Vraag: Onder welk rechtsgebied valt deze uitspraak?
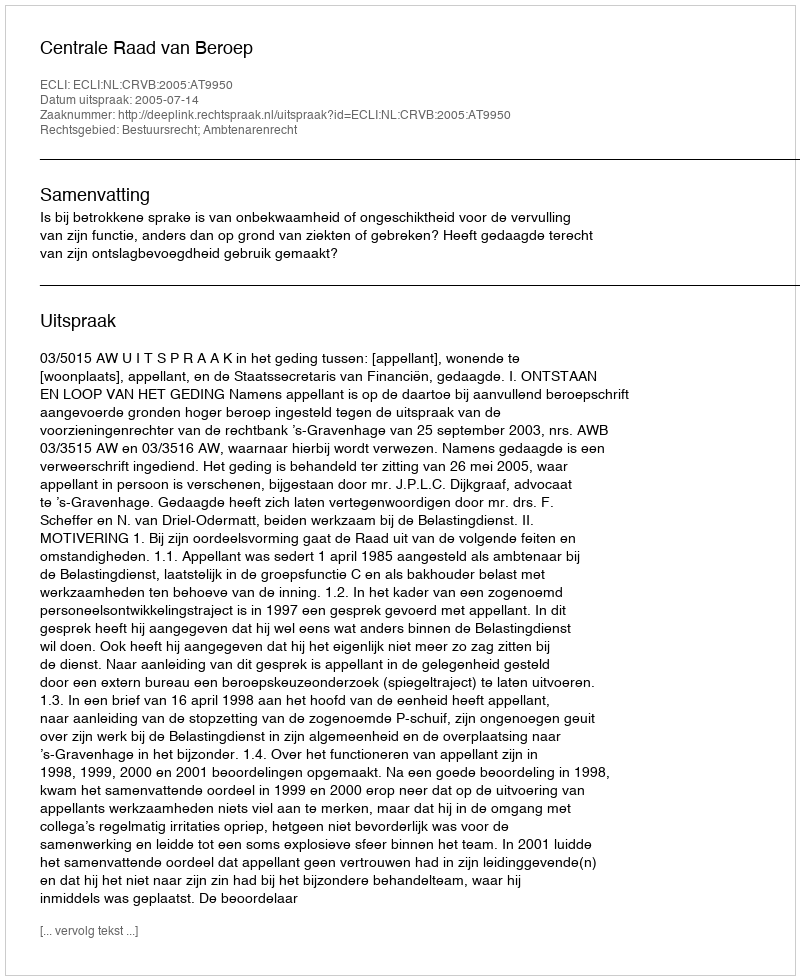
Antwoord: Bestuursrecht; Ambtenarenrecht